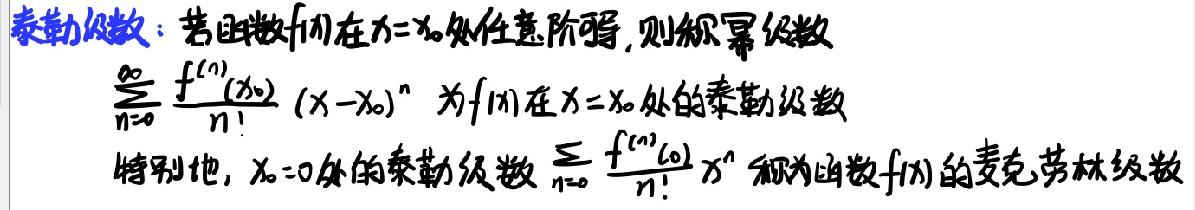
泰勒级数：若函数\(f(x)\)在\(x = x_0\)处任意阶可导，则称幂级数
\(\sum_{n = 0}^{\infty}\frac{f^{(n)}(x_0)}{n!}(x - x_0)^n\)为\(f(x)\)在\(x = x_0\)处的泰勒级数
特别地，\(x_0 = 0\)处的泰勒级数\(\sum_{n = 0}^{\infty}\frac{f^{(n)}(0)}{n!}x^n\)称为函数\(f(x)\)的麦克劳林级数